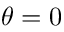
\theta = 0